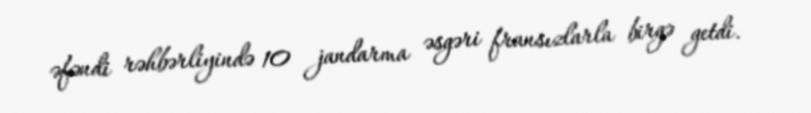
əfəndi rəhbərliyində 10 jandarma əsgəri fransızlarla birgə getdi.